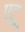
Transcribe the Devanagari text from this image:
एटू